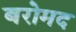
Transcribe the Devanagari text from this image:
बरोमद